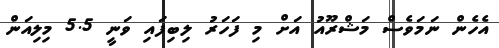
އެހެން ނަމަވެސް މަޝްރޫއު އަށް މި ފަހަރު ލިބިފައި ވަނީ 5.5 މިލިއަން